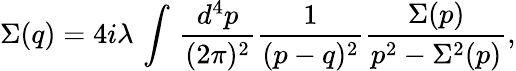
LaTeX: \Sigma(q)=4i\lambda\, \int\, \frac{d^{4}p}{(2\pi)^{2}}\frac{1}{(p-q)^{2}}\frac{\Sigma(p)}{p^{2}-\Sigma^{2}(p)},